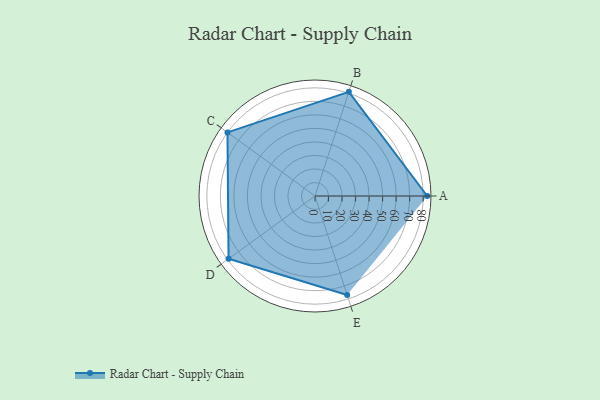
{"axis": {"x": "Skill", "y": "Score"}, "legend": ["Profile"], "data": [{"x": "A", "y": 83.0, "type": "Profile"}, {"x": "B", "y": 81.0, "type": "Profile"}, {"x": "C", "y": 80.0, "type": "Profile"}, {"x": "D", "y": 79.0, "type": "Profile"}, {"x": "E", "y": 77.0, "type": "Profile"}]}